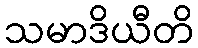
သမာဒိယီတိ